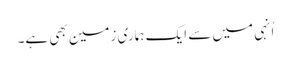
اُنہی میں سے ایک ہماری زمین بھی ہے۔